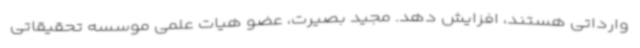
وارداتی هستند، افزایش دهد. مجید بصیرت، عضو هیات ‌علمی موسسه تحقیقاتی